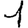
Digit: 1